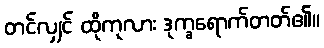
တင်လျှင် ထိုကုလား ဒုက္ခရောက်တတ်၏။